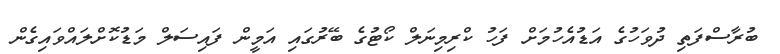
ބުރާސްފަތި ދުވަހުގެ އަޑުއެހުމަށް ފަހު ކްރިމިނަލް ކޯޓުގެ ބޭރުގައި އަމީން ފައިސަލް މަޑުކޮށްލައްވައިގެން